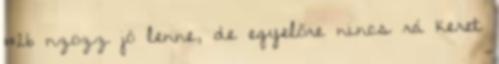
#26 nzozz jó lenne, de egyelőre nincs rá keret